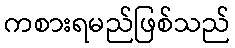
ကစားရမည်ဖြစ်သည်